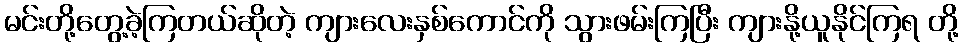
မင်းတို့တွေ့ခဲ့ကြတယ်ဆိုတဲ့ ကျားလေးနှစ်ကောင်ကို သွားဖမ်းကြပြီး ကျားနို့ယူနိုင်ကြရ တို့